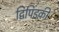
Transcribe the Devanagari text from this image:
द्विपिंडकी